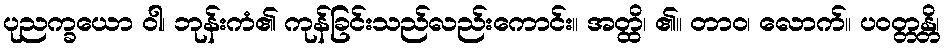
ပုညက္ခယော ဝါ၊ ဘုန်းကံ၏ ကုန်ခြင်းသည်လည်းကောင်း။ အတ္ထိ၊ ၏။ တာဝ၊ လောက်။ ပဝတ္တန္တိ၊